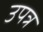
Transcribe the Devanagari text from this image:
उपत्र